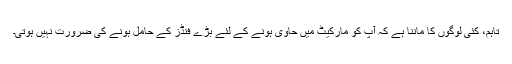
تاہم، کئی لوگوں کا ماننا ہے کہ آپ کو مارکیٹ میں حاوی ہونے کے لئے بڑے فنڈز کے حامل ہونے کی ضرورت نہیں ہوتی۔